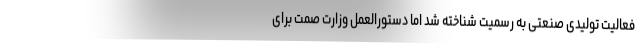
فعالیت تولیدی صنعتی به رسمیت شناخته شد اما دستورالعمل وزارت صمت برای